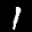
Label: 1